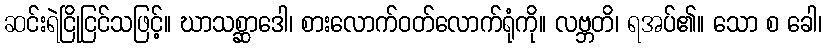
ဆင်းရဲငြိုငြင်သဖြင့်။ ဃာသစ္ဆာဒေါ၊ စားလောက်ဝတ်လောက်ရုံကို။ လဗ္ဘတိ၊ ရအပ်၏။ သော စ ခေါ၊